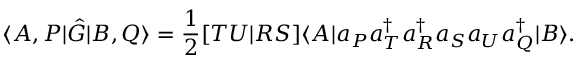
\langle A , P | \hat { G } | B , Q \rangle = \frac { 1 } { 2 } [ T U | R S ] \langle A | a _ { P } a _ { T } ^ { \dagger } a _ { R } ^ { \dagger } a _ { S } a _ { U } a _ { Q } ^ { \dagger } | B \rangle .